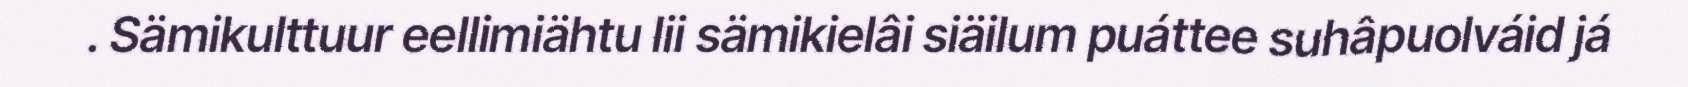
. Sämikulttuur eellimiähtu lii sämikielâi siäilum puáttee suhâpuolváid já